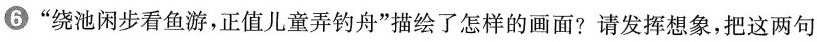
⑥”绕池闲步看鱼游，正值儿童弄钓舟”描绘了怎样的画面?请发挥想象，把这两句